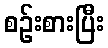
စဉ်းစားပြီး